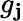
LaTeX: g_{\mathbf{j}}